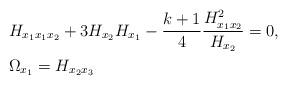
LaTeX: \begin{align*}&H_{x_1x_1x_2}+3H_{x_2}H_{x_1}-\frac{k+1}{4}\frac{H_{x_1x_2}^2}{H_{x_2}}=0, \\&\Omega_{x_1}=H_{x_2x_3}\end{align*}